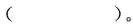
()。